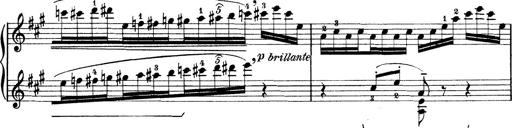
Title: Rapsodie: 19 ungheresi, 1 spagnuola
Composer: Franz Liszt